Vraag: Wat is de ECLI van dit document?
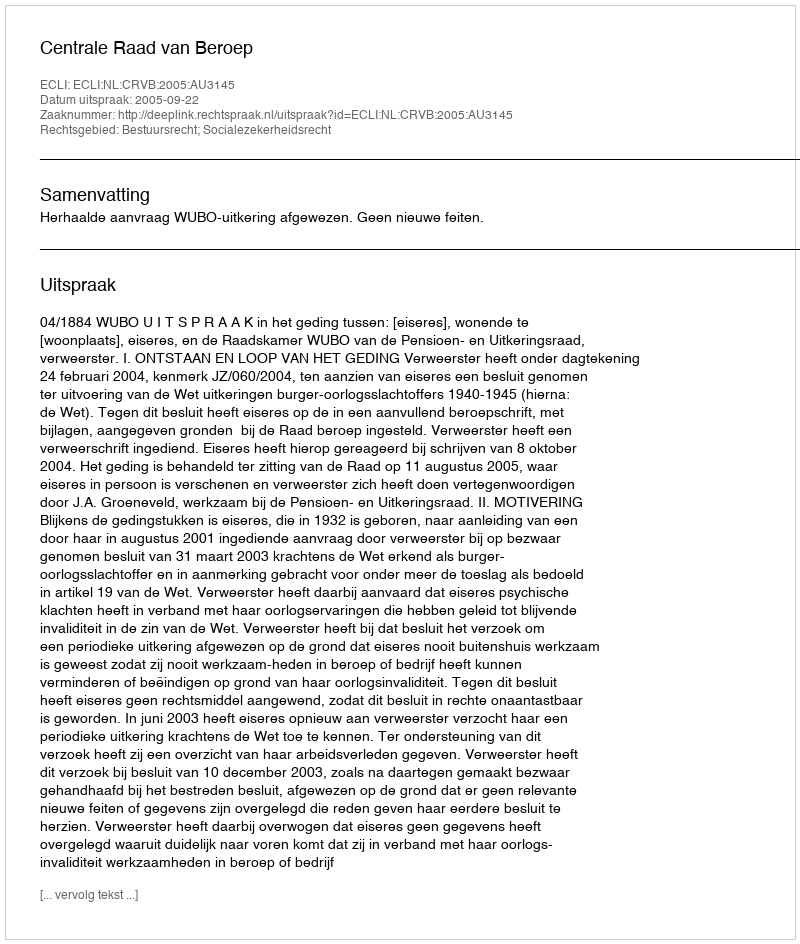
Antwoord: ECLI:NL:CRVB:2005:AU3145